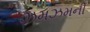
ઝમઝમની